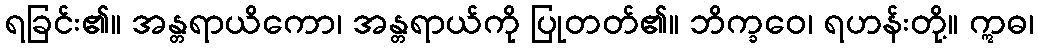
ရခြင်း၏။ အန္တရာယိကော၊ အန္တရာယ်ကို ပြုတတ်၏။ ဘိက္ခဝေ၊ ရဟန်းတို့။ ဣဓ၊